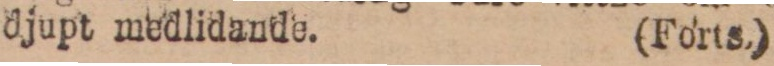
djupt medlidande. (Forts.)